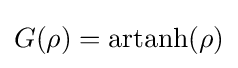
G(\rho )=\operatorname {artanh} (\rho )